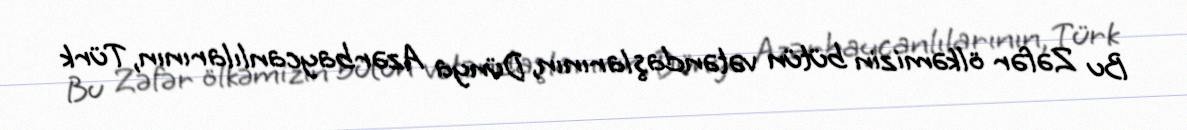
Bu Zəfər ölkəmizin bütün vətəndaşlarının, Dünya Azərbaycanlılarının, Türk